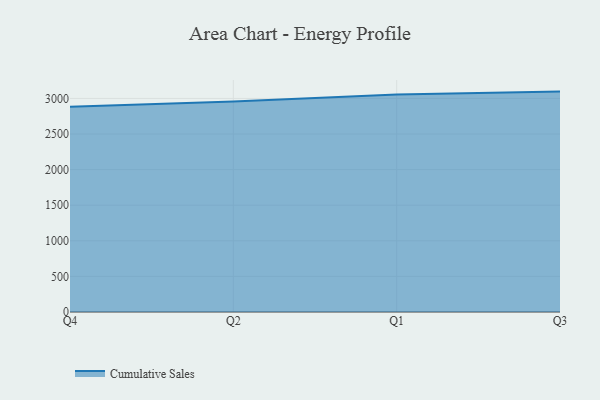
{"axis": {"x": "Quarter", "y": "Operating Costs (USD K)"}, "legend": ["Cumulative Sales"], "data": [{"x": "Q4", "y": 2884.2, "type": "Cumulative Sales"}, {"x": "Q2", "y": 2957.7, "type": "Cumulative Sales"}, {"x": "Q1", "y": 3054.4, "type": "Cumulative Sales"}, {"x": "Q3", "y": 3095.6, "type": "Cumulative Sales"}]}